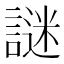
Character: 謎